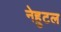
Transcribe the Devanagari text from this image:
नेहुटल